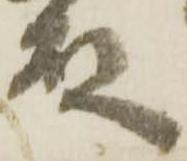
殿